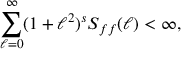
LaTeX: \sum _ { \ell = 0 } ^ { \infty } ( 1 + \ell ^ { 2 } ) ^ { s } S _ { f f } ( \ell ) < \infty ,